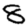
Digit: 8